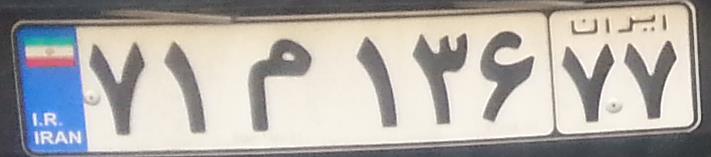
۷۱م۱۳۶۷۷